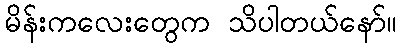
မိန်းကလေးတွေက သိပါတယ်နော်။